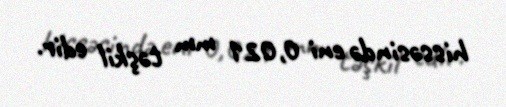
hissəsində eni 0,021 mm təşkil edir.